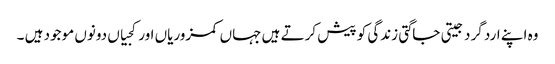
وہ اپنے ارد گرد جیتی جاگتی زندگی کو پیش کرتے ہیں جہاں کمزوریاں اور کجیاں دونوں موجود ہیں ۔